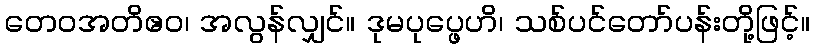
တေဝအတိဧဝ၊ အလွန်လျှင်။ ဒုမပုပ္ဖေဟိ၊ သစ်ပင်တော်ပန်းတို့ဖြင့်။